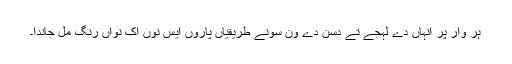
ہر وار پر انہاں دے لہجے تے دسن دے ون سونے طریقیاں پاروں ایس نوں اک نواں رنگ مل جاندا۔